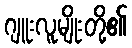
ဂျူးလူမျိုးတို့၏